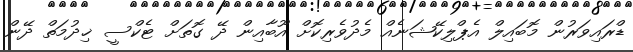
ޑްރައިވަރުން މޮބައިލް އެޕްލިކޭޝަނެއް މެދުވެރިކޮށް އޫބާއިން ދޭ ގޮތަށް ޓެކްސީ ޚިދުމަތް ދޭން